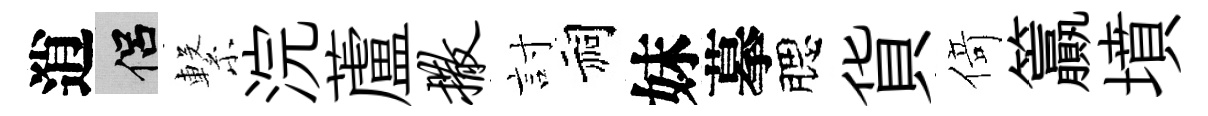
逍侣繋浣蘆撒討祠妹摹腮貨𠋣籯墳